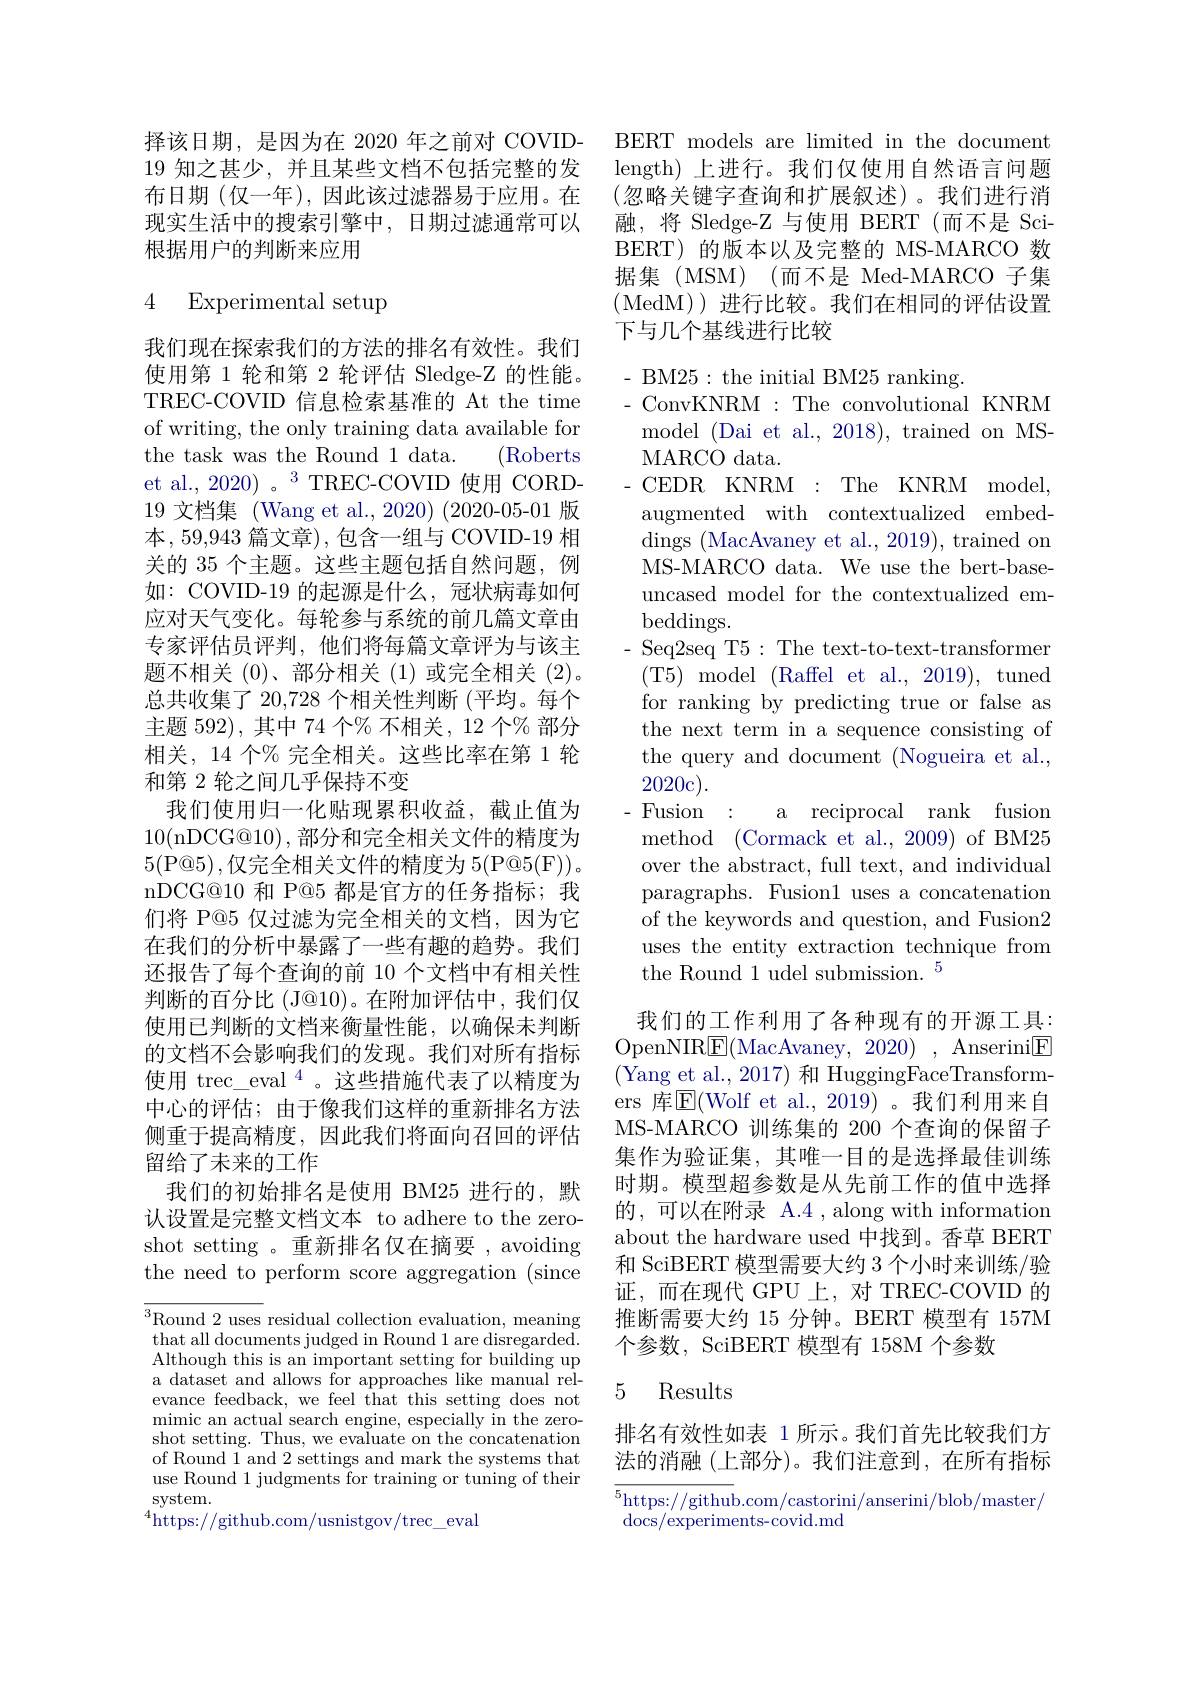
择该日期，是因为在 2020 年之前对 COVID- 19 知之甚少，并且某些文档不包括完整的发布日期(仅一年),因此该过滤器易于应用。在现实生活中的搜索引擎中，日期过滤通常可以根据用户的判断来应用

### 4 Experimental setup

我们现在探索我们的方法的排名有效性。我们使用第 1 轮和第 2 轮评估 Sledge-Z 的性能TREC-COVID 信息检索基准的 At the time of writing, the only training data available for the task was the Round 1 data.
$(\operatorname{Roberts}$
et al., 2020) 。3 TREC-COVID 使用 CORD- 19 文档集 (Wang et al., 2020) (2020-05-01 版本，59,943 篇文章),包含一组与 COVID-19 相关的 35 个主题。这些主题包括自然问题，例如：COVID-19 的起源是什么，冠状病毒如何应对天气变化。每轮参与系统的前几篇文章由专家评估员评判，他们将每篇文章评为与该主题不相关(0)、部分相关(1)或完全相关(2)。总共收集了 20,728 个相关性判断(平均。每个主题 592), 其中 74 个% 不相关，12 个% 部分相关，14 个% 完全相关。这些比率在第 1 轮和第 2 轮之间几乎保持不变
我们使用归一化贴现累积收益，截止值为10(nDCG@10),部分和完全相关文件的精度为5(P@5),仅完全相关文件的精度为 5(P@5(F))。nDCG@10 和 P@5 都是官方的任务指标；我们将 P@5 仅过滤为完全相关的文档，因为它在我们的分析中暴露了一些有趣的趋势。我们还报告了每个查询的前 10 个文档中有相关性判断的百分比 (J@10)。在附加评估中，我们仅使用已判断的文档来衡量性能，以确保未判断的文档不会影响我们的发现。我们对所有指标使用 trec\_ eval $^{4}$。这些措施代表了以精度为中心的评估；由于像我们这样的重新排名方法侧重于提高精度，因此我们将面向召回的评估留给了未来的工作
我们的初始排名是使用 BM25 进行的，默认设置是完整文档文本 to adhere to the zeroshot setting 。重新排名仅在摘要 , avoiding the need to perform score aggregation (since

$^3$Round 2 uses residual collection evaluation, meaning that all documents judged in Round 1 are disregarded. Although this is an important setting for building up a dataset and allows for approaches like manual relevance feedback, we feel that this setting does not $\operatorname*{mimic}_{\mathrm{~an~actual~}^{\prime}}$search engine, especially in the zeroshot setting. Thus, we evaluate on the concatenatior of Round 1 and 2 settings and mark the systems that use Round 1 judgments for training or tuning of their $\operatorname{system}.$
$^{4}$https://github.com/usnistgov/trec\_eval

BERT models are limited in the document length) 上进行。我们仅使用自然语言问题(忽略关键字查询和扩展叙述)。我们进行消融，将 Sledge-Z 与使用 BERT (而不是 SciBERT) 的版本以及完整的 MS-MARCO 数据集(MSM)(而不是 Med-MARCO 子集(MedM))进行比较。我们在相同的评估设置下与几个基线进行比较

- BM25: the initial BM25 ranking.
- ConvKNRM : The convolutional KNRM MARCO data.
- CEDR KNRM : The KNRM model, augmented with contextualized embeddings (MacAvaney et al., 2019), trained on MS-MARCO data. We use the bert-baseuncased model for the contextualized embeddings.
- Seq2seq T5: The text-to-text-transformer (T5)model$\allowbreak ( {\mathrm{mod}} $) ${Raffel}$et al.,2019), tuned for ranking by predicting true or false as the next term in a sequence consisting of the query and document (Nogueira et al. 2020c).
-Fusion :
a reciprocal rank fusion
method$\allowbreak ( {\mathrm{mod}} $Cormack et al. , 2009) of BM25) over the abstract, full text, and individual paragraphs. Fusion1 uses a concatenation of the keywords and question, and Fusion2 uses the entity extraction technique from the Round 1 udel submission. $^{5}$
我们的工作利用了各种现有的开源工具： OpenNIR$\boxed{\mathrm{F}}($MacAvaney, 2020) , Anserini$\boxed{\mathrm{F}}$ (Yang et al., 2017) 和 HuggingFaceTransformers 库$\mathbb{E}($Wolf et al.,2019)。我们利用来自MS-MARCO 训练集的 200 个查询的保留子集作为验证集，其唯一目的是选择最佳训练时期。模型超参数是从先前工作的值中选择的，可以在附录 A.4 ,along with information about the hardware used 中找到。香草 BERT 和 SciBERT 模型需要大约 3 个小时来训练/验证，而在现代 GPU 上，对 TREC-COVID 的推断需要大约 15 分钟。BERT 模型有 157M 个参数，SciBERT 模型有 158M 个参数
5 Results

排名有效性如表 1 所示。我们首先比较我们方法的消融(上部分)。我们注意到，在所有指标

$^{5}$https://github.com/castorini/anserini/blob/master/
$\operatorname{docs}/\operatorname{experiments-covid.md}$